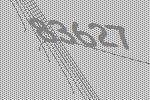
83627